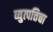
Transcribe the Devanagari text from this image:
व्युत्पत्तिचा